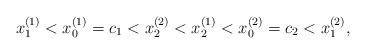
LaTeX: \begin{align*}x_{1}^{\left( 1\right) }<x_{0}^{\left( 1\right) }=c_{1}<x_{2}^{\left(2\right) }<x_{2}^{\left( 1\right) }<x_{0}^{\left( 2\right) }=c_{2}<x_{1}^{\left( 2\right) }, \end{align*}